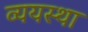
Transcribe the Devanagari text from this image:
व्ययस्था